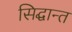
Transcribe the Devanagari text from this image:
सिद्घान्त